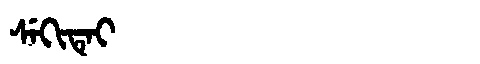
Manchu: ᠰᡝᡴᡳᡨᡝᡳ
Romanization: SEKITEI